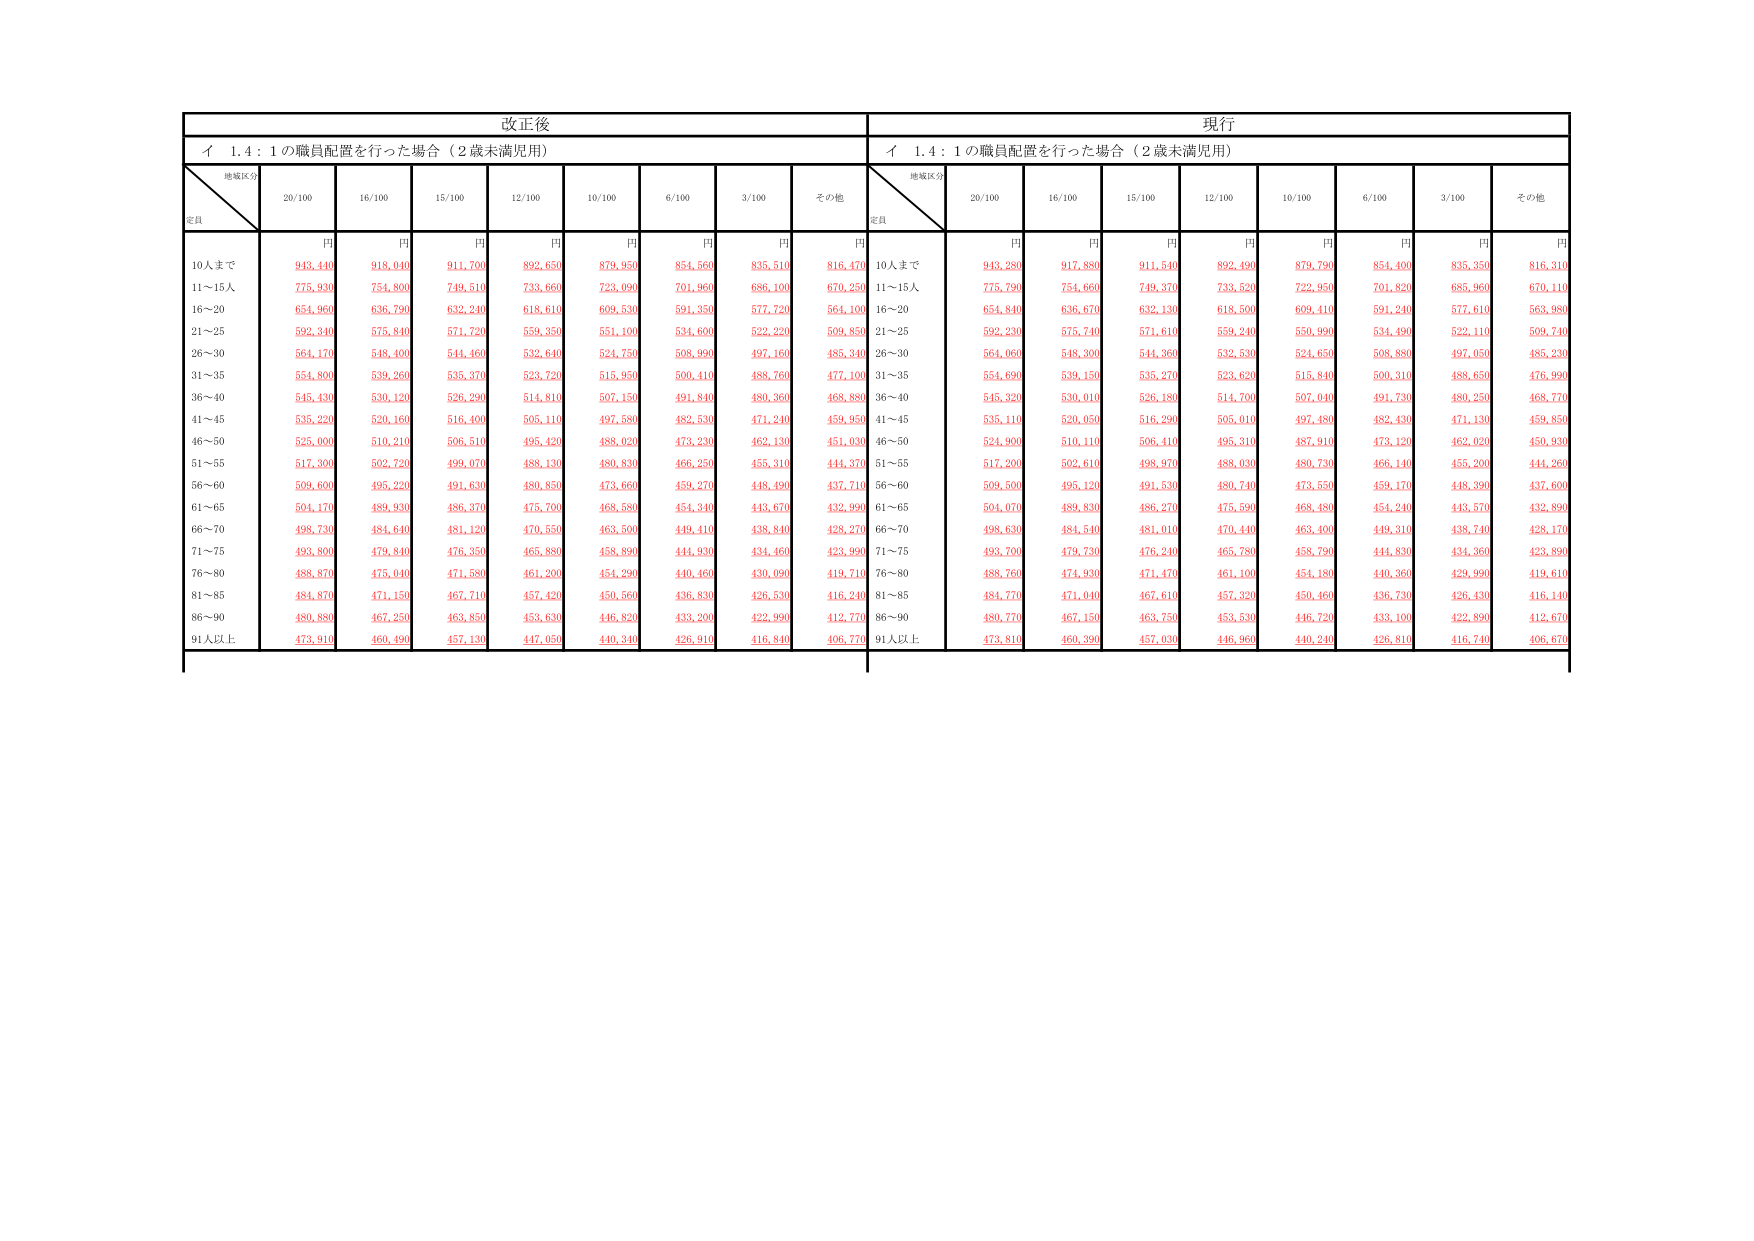
改正後
現行
イ 1.4 : 1の職員配置を行った場合（2歳未満児用）
イ 1.4 : 1の職員配置を行った場合（2歳未満児用）
地域区分
定員
20/100
16/100
15/100
12/100
10/100
6/100
3/100
その他
地域区分
定員
20/100
16/100
15/100
12/100
10/100
6/100
3/100
その他
円
円
円
円
円
円
円
円
円
円
円
円
円
円
円
円
円
円
10人まで
943,440
918,040
911,700
892,650
879,950
854,560
835,510
816,470
10人まで
943,280
917,880
911,540
892,490
879,790
854,400
835,350
816,310
11～15人
775,930
754,800
749,510
733,660
723,990
701,960
686,100
670,250
11～15人
775,790
754,660
749,370
733,520
722,950
701,820
685,960
670,110
16～20
654,960
636,790
632,240
618,610
609,530
591,350
577,720
564,100
16～20
654,840
636,670
632,130
618,500
609,410
591,240
577,610
563,980
21～25
592,340
575,840
571,720
559,350
551,100
534,600
522,220
509,850
21～25
592,230
575,740
571,610
559,240
550,990
534,490
522,110
509,740
26～30
564,170
548,400
544,460
532,640
524,750
508,990
497,160
485,340
26～30
564,060
548,300
544,360
532,530
524,650
508,880
497,050
485,230
31～35
554,800
539,260
535,370
523,720
515,950
500,410
488,760
477,100
31～35
554,690
539,150
535,270
523,620
515,840
500,310
488,650
476,990
36～40
545,430
530,120
526,290
514,810
507,150
491,840
480,360
468,880
36～40
545,320
530,010
526,180
514,700
507,040
491,730
480,250
468,770
41～45
535,220
520,160
516,400
505,110
497,580
482,530
471,240
459,950
41～45
535,110
520,050
516,290
505,010
497,480
482,430
471,130
459,850
46～50
525,000
510,210
506,510
495,420
488,020
473,230
462,130
451,030
46～50
524,900
510,110
506,410
495,310
487,910
473,120
462,020
450,930
51～55
517,300
502,720
499,070
488,130
480,830
466,250
455,310
444,370
51～55
517,200
502,610
498,970
488,030
480,730
466,140
455,200
444,260
56～60
509,600
495,220
491,630
480,850
473,660
459,270
448,490
437,710
56～60
509,500
495,120
491,530
480,740
473,550
459,170
448,390
437,600
61～65
504,170
489,930
486,370
475,700
468,580
454,340
443,670
432,990
61～65
504,070
489,830
486,270
475,590
468,480
454,240
443,570
432,890
66～70
498,730
484,640
481,120
470,550
463,500
449,410
438,840
428,270
66～70
498,630
484,540
481,010
470,440
463,400
449,310
438,740
428,170
71～75
493,800
479,840
476,350
465,880
458,890
444,930
434,460
423,990
71～75
493,700
479,730
476,240
465,780
458,790
444,830
434,360
423,890
76～80
488,870
475,040
471,580
461,200
454,290
440,460
430,090
419,710
76～80
488,760
474,930
471,470
461,100
454,180
440,360
429,990
419,610
81～85
484,870
471,150
467,710
457,420
450,560
436,830
426,530
416,240
81～85
484,770
471,040
467,610
457,320
450,460
436,730
426,430
416,140
86～90
480,880
467,250
463,850
453,630
446,820
433,200
422,990
412,770
86～90
480,770
467,150
463,750
453,530
446,720
433,100
422,890
412,670
91人以上
473,910
460,490
457,130
447,050
440,340
426,910
416,840
406,770
91人以上
473,810
460,390
457,030
446,960
440,240
426,810
416,740
406,670